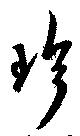
珍